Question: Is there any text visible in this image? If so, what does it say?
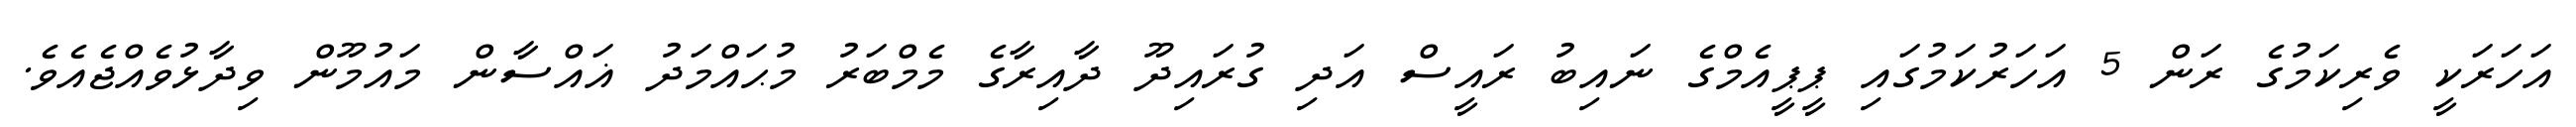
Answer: އަހަރަކީ ވެރިކަމުގެ ރަން 5 އަހަރުކަމުގައި ޕީޕީއެމްގެ ނައިބު ރައީސް އަދި ގުރައިދޫ ދާއިރާގެ މެމްބަރު މުޙައްމަދު ޣައްސާން މައުމޫން ވިދާޅުވެއްޖެއެވެ.